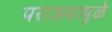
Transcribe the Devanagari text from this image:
पराजयामुळे